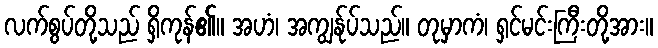
လက်စွပ်တို့သည် ရှိကုန်၏။ အဟံ၊ အကျွန်ုပ်သည်။ တုမှာကံ၊ ရှင်မင်းကြီးတို့အား။